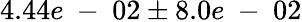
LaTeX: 4.44e\mathrm{~-~}02\pm 8.0e\mathrm{~-~}02